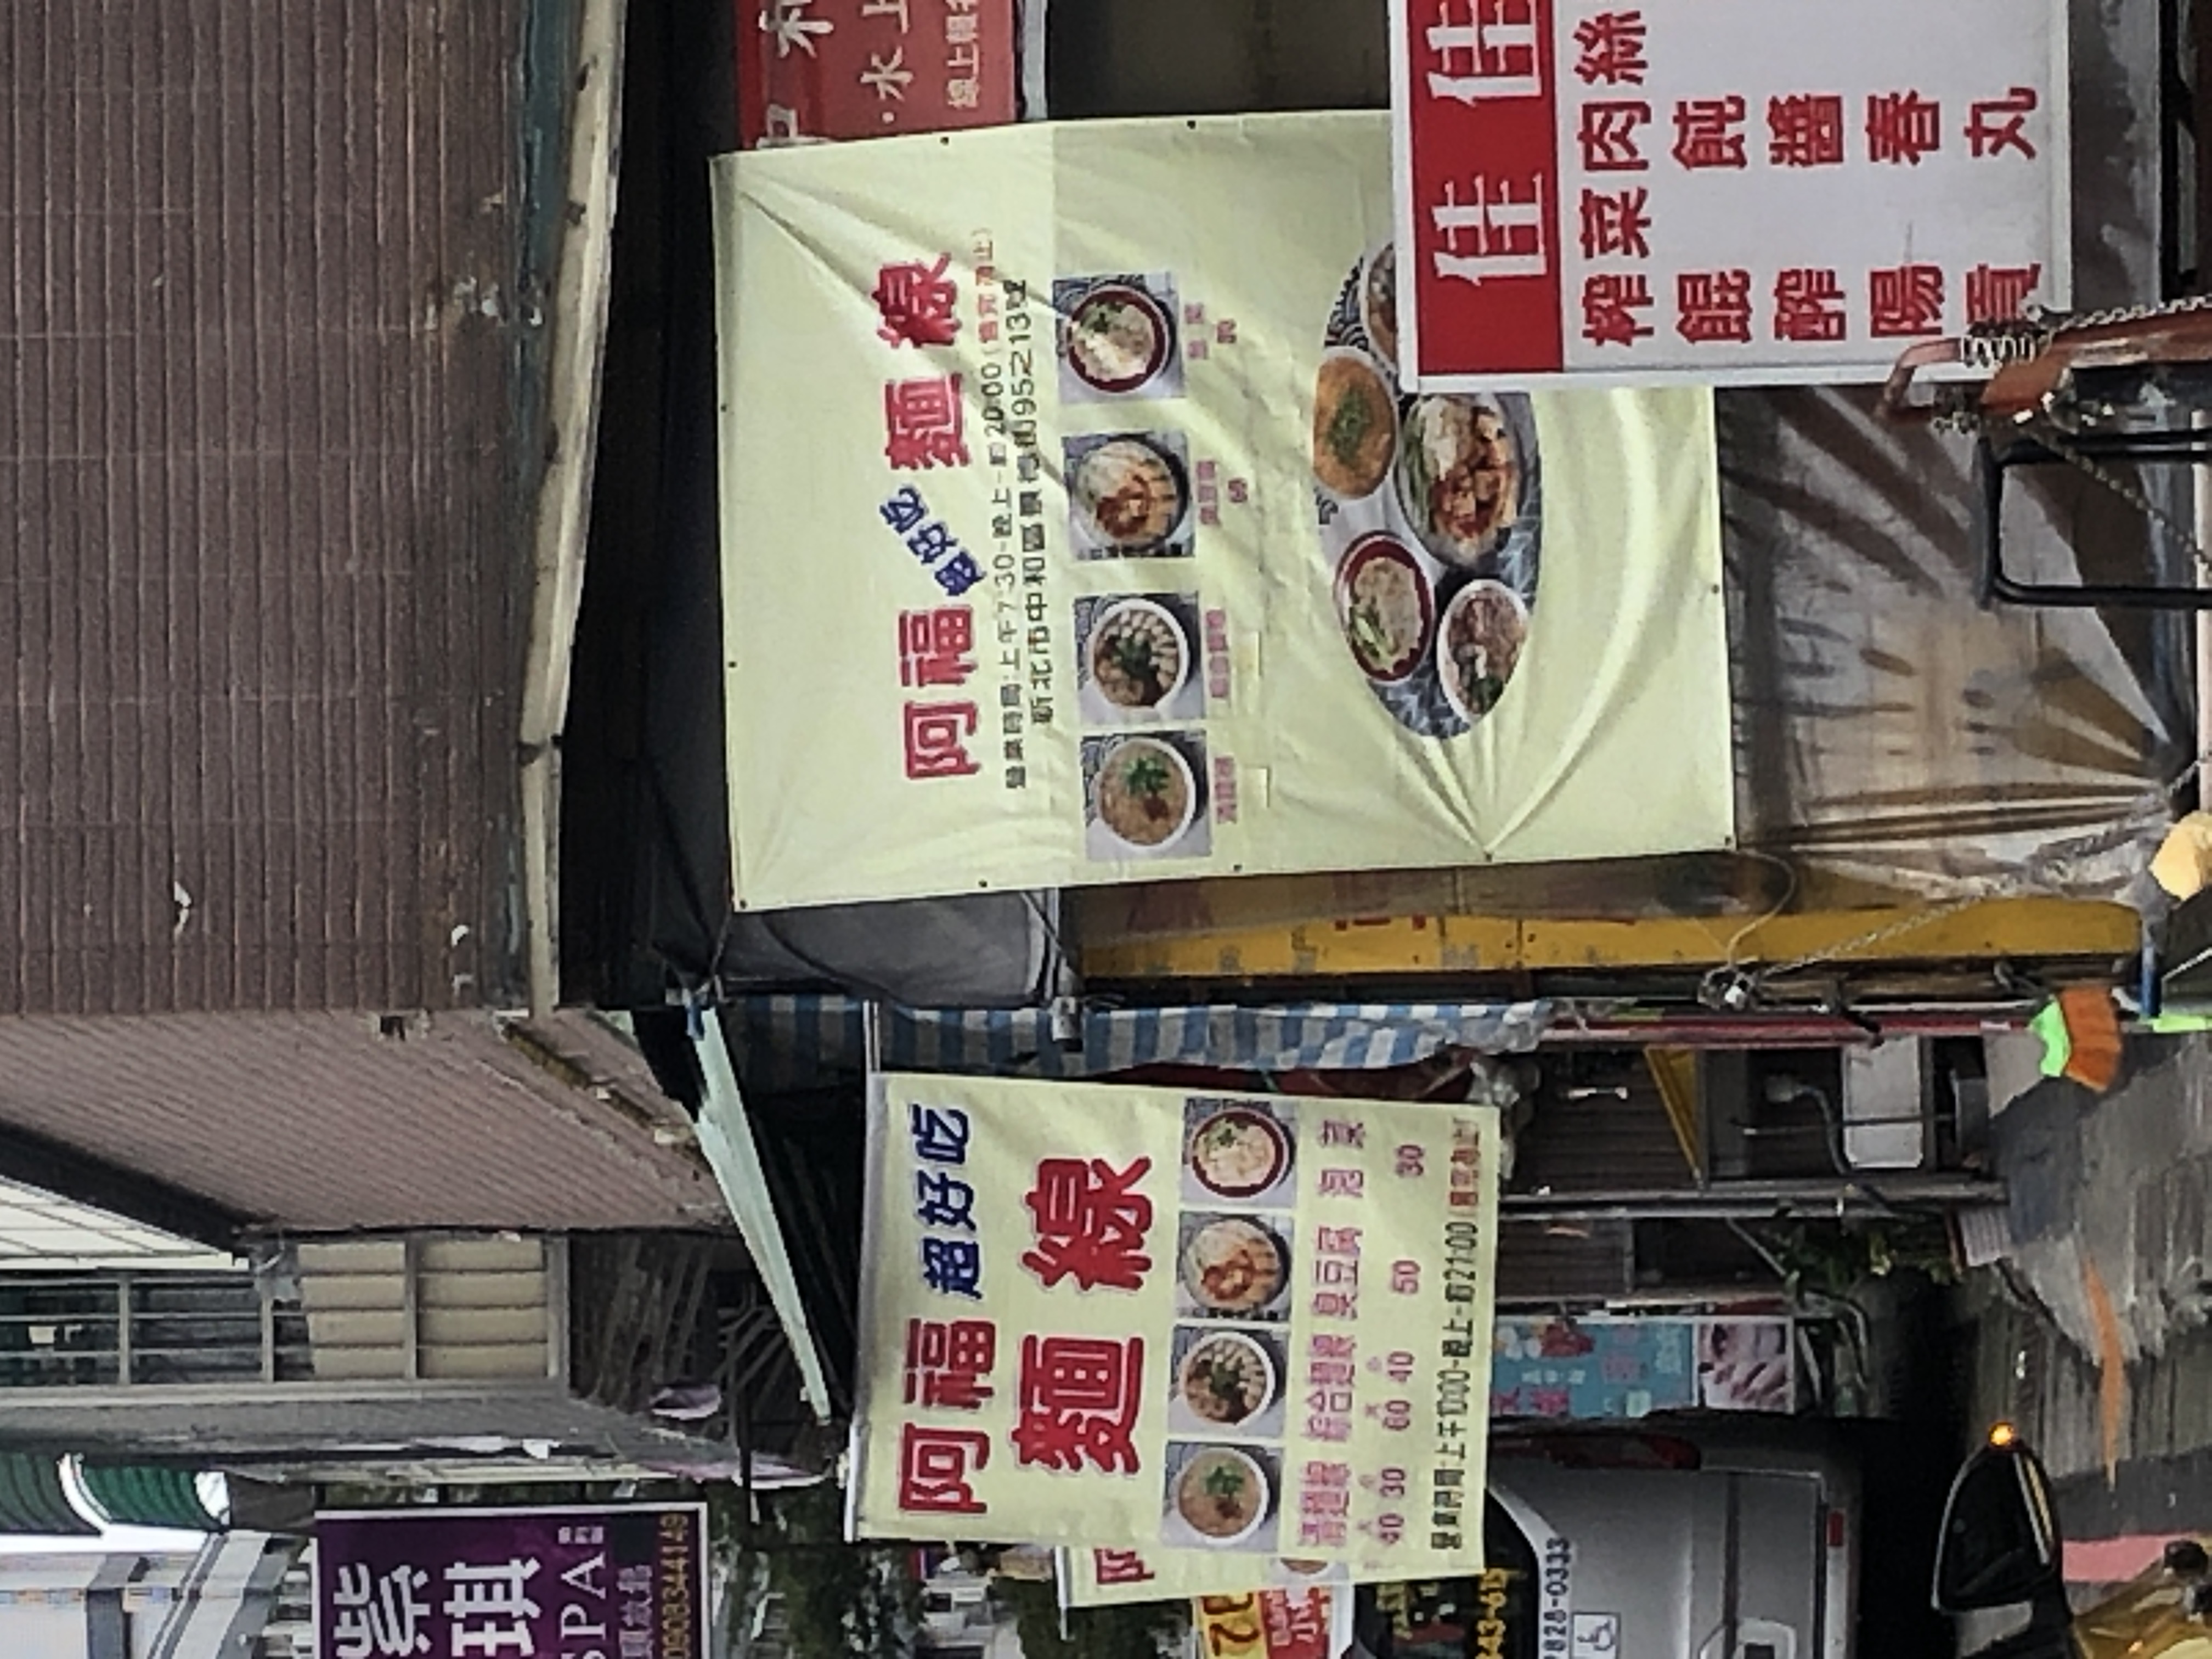
餐廳：阿福麵線
地址：新北市中和區景平路95之13號
營業時間：7:30 AM - 8:00 PM (until sold out)
菜單：
name: 綜合麵線 (小)
price: 40
name: 綜合麵線 (大)
price: 60
name: 肉羹
price: 50
name: 大腸麵線
price: 50
name: 臭豆腐
price: 50
name: 清麵線
price: 30